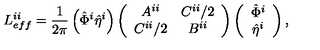
L _ { e f f } ^ { i i } = \frac { 1 } { 2 \pi } \left( \hat { \Phi } ^ { i } \hat { \eta } ^ { i } \right) \left( \begin{array} { c c } { A ^ { i i } } & { C ^ { i i } / 2 } \\ { C ^ { i i } / 2 } & { B ^ { i i } } \\ \end{array} \right) \left( \begin{array} { c } { \hat { \Phi } ^ { i } } \\ { \hat { \eta } ^ { i } } \\ \end{array} \right) ,